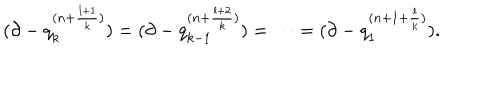
( \partial - q _ { k } ^ { ( n + \frac { l + 1 } { k } ) } ) = ( \partial - q _ { k - 1 } ^ { ( n + \frac { l + 2 } { k } ) } ) = \cdots = ( \partial - q _ { 1 } ^ { ( n + 1 + \frac { l } { k } ) } ) .